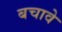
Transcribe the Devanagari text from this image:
बचावे